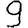
Digit: 9